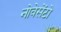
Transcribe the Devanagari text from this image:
नोवेसेंटो